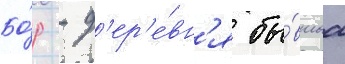
Бо́р - д'ер'е́вн'я бы́вшаа